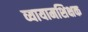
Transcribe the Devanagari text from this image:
व्यायामशिक्षक